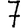
Digit: 7